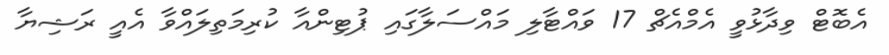
އެބޮޓް ވިދާޅުވީ އެމްއެޗް 17 ވައްޓާލި މައްސަލާގައި ޕުޓިންއާ ކުރިމަތިލައްވާ އެއީ ރަޝިޔާ